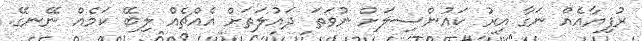
ރުފިޔާއެއް ނަގާ އިރު ކައުންސިލަށް ނުވަތަ ދައުލަތަށް އެއްޗެއް ލިބޭ ކަމެއް ނޭނގޭ.